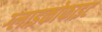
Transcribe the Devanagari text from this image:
ग्लाइकोफाइट